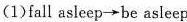
(1)fall asleep \rightarrow be asleep